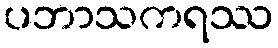
ပဘာသကရဿ